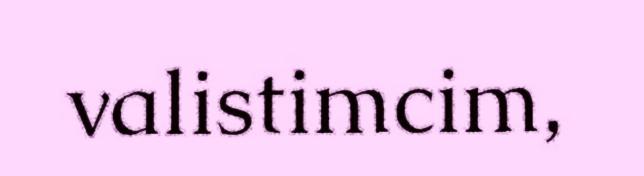
valistimcim,